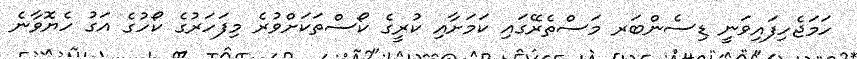
ހަމަޖެހިފައިވަނީ ޑިސެންބަރ މަސްތެރޭގައި ކަމަށާއި ކުރީގެ ކޯސްތަކަށްވުރެ މިފަހަރުގެ ކޯހުގެ އަގު ހެޔޮވާނެ